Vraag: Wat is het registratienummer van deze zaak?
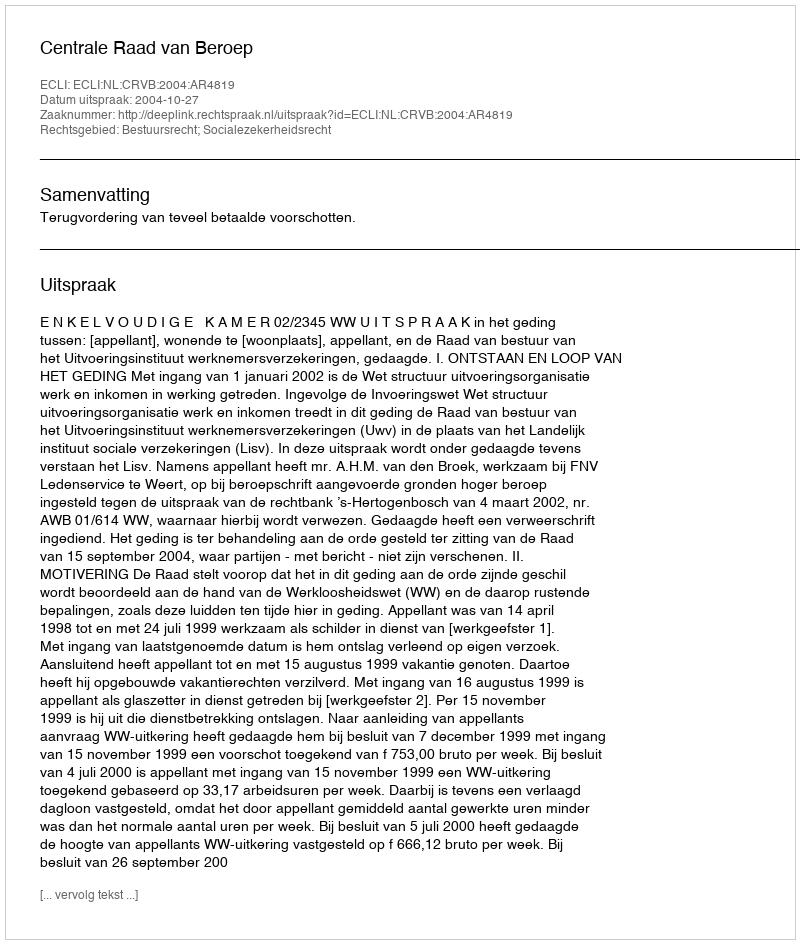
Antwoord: http://deeplink.rechtspraak.nl/uitspraak?id=ECLI:NL:CRVB:2004:AR4819